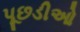
પૂછડીઓ